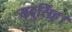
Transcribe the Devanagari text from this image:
यदुसिंह।